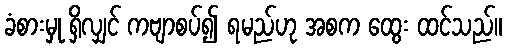
ခံစားမှု ရှိလျှင် ကဗျာစပ်၍ ရမည်ဟု အစက ထွေး ထင်သည်။